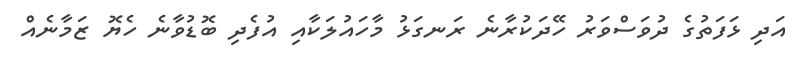
އަދި ޅަފަތުގެ ދުވަސްވަރު ހޭދަކުރާނެ ރަނގަޅު މާހައުލަކާއި އުފެދި ބޮޑުވާނެ ހެޔޮ ޒަމާނެއް